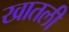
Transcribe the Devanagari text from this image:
खातली